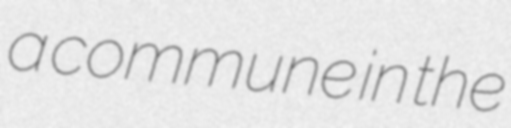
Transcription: a commune in the